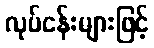
လုပ်ငန်းများဖြင့်